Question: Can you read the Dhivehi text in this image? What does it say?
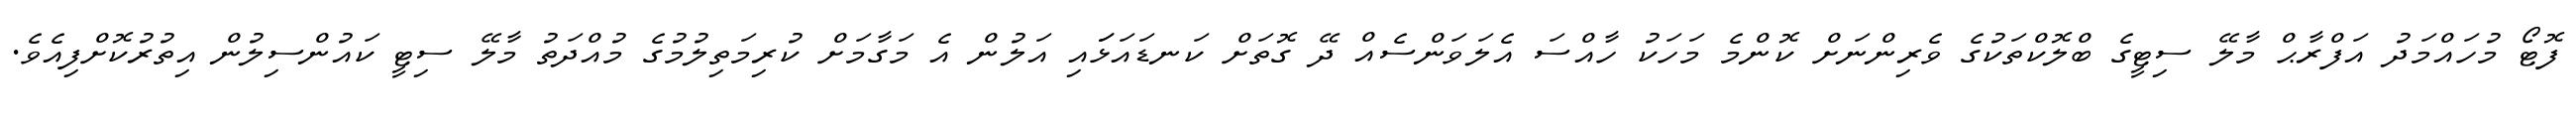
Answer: ފޮޓޯ މުހައްމަދު އަފްރާޙް މާލޭ ސިޓީގެ ބްލޮކްތަކުގެ ވެރިންނަށް ކޮންމެ މަހަކު ހާއްސަ އެލަވަންސެއް ދޭ ގޮތަށް ކަނޑައަޅަައި އަލުން އެ މަގާމަށް ކުރިމަތިލުމުގެ މުއްދަތު މާލޭ ސިޓީ ކައުންސިލުން އިތުރުކޮށްފިއެވެ.